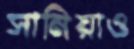
সানিয়াও